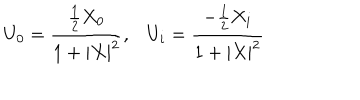
U _ { 0 } = \frac { \frac { 1 } { 2 } X _ { 0 } } { 1 + | X | ^ { 2 } } , U _ { i } = \frac { - \frac { 1 } { 2 } X _ { i } } { 1 + | X | ^ { 2 } }